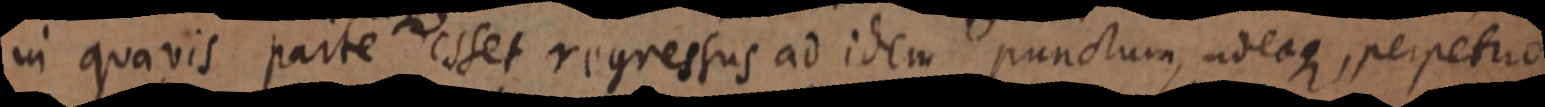
in quavis parte esset regressus ad idem punctum, adeoque, perpetuo